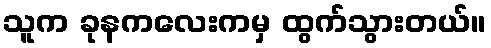
သူက ခုနကလေးကမှ ထွက်သွားတယ်။